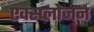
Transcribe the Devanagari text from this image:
एक्स्प्लोजन